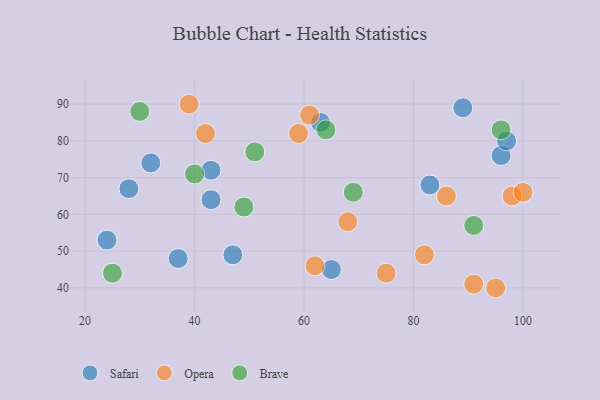
{"axis": {"x": "GDP", "y": "Life Expectancy"}, "legend": ["Brave", "Opera", "Safari"], "data": [{"x": "96", "y": 76, "type": "Safari"}, {"x": "28", "y": 67, "type": "Safari"}, {"x": "97", "y": 80, "type": "Safari"}, {"x": "24", "y": 53, "type": "Safari"}, {"x": "43", "y": 64, "type": "Safari"}, {"x": "89", "y": 89, "type": "Safari"}, {"x": "43", "y": 72, "type": "Safari"}, {"x": "37", "y": 48, "type": "Safari"}, {"x": "63", "y": 85, "type": "Safari"}, {"x": "83", "y": 68, "type": "Safari"}, {"x": "47", "y": 49, "type": "Safari"}, {"x": "32", "y": 74, "type": "Safari"}, {"x": "65", "y": 45, "type": "Safari"}, {"x": "68", "y": 58, "type": "Opera"}, {"x": "95", "y": 40, "type": "Opera"}, {"x": "61", "y": 87, "type": "Opera"}, {"x": "39", "y": 90, "type": "Opera"}, {"x": "98", "y": 65, "type": "Opera"}, {"x": "91", "y": 41, "type": "Opera"}, {"x": "86", "y": 65, "type": "Opera"}, {"x": "42", "y": 82, "type": "Opera"}, {"x": "82", "y": 49, "type": "Opera"}, {"x": "100", "y": 66, "type": "Opera"}, {"x": "59", "y": 82, "type": "Opera"}, {"x": "75", "y": 44, "type": "Opera"}, {"x": "62", "y": 46, "type": "Opera"}, {"x": "49", "y": 62, "type": "Brave"}, {"x": "96", "y": 83, "type": "Brave"}, {"x": "51", "y": 77, "type": "Brave"}, {"x": "40", "y": 71, "type": "Brave"}, {"x": "91", "y": 57, "type": "Brave"}, {"x": "64", "y": 83, "type": "Brave"}, {"x": "30", "y": 88, "type": "Brave"}, {"x": "69", "y": 66, "type": "Brave"}, {"x": "25", "y": 44, "type": "Brave"}]}